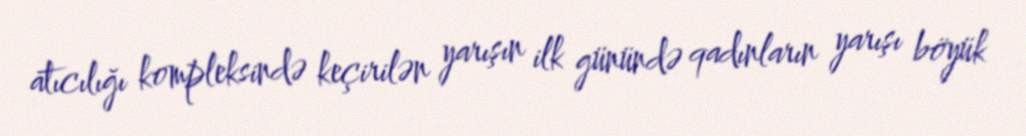
atıcılığı kompleksində keçirilən yarışın ilk günündə qadınların yarışı böyük